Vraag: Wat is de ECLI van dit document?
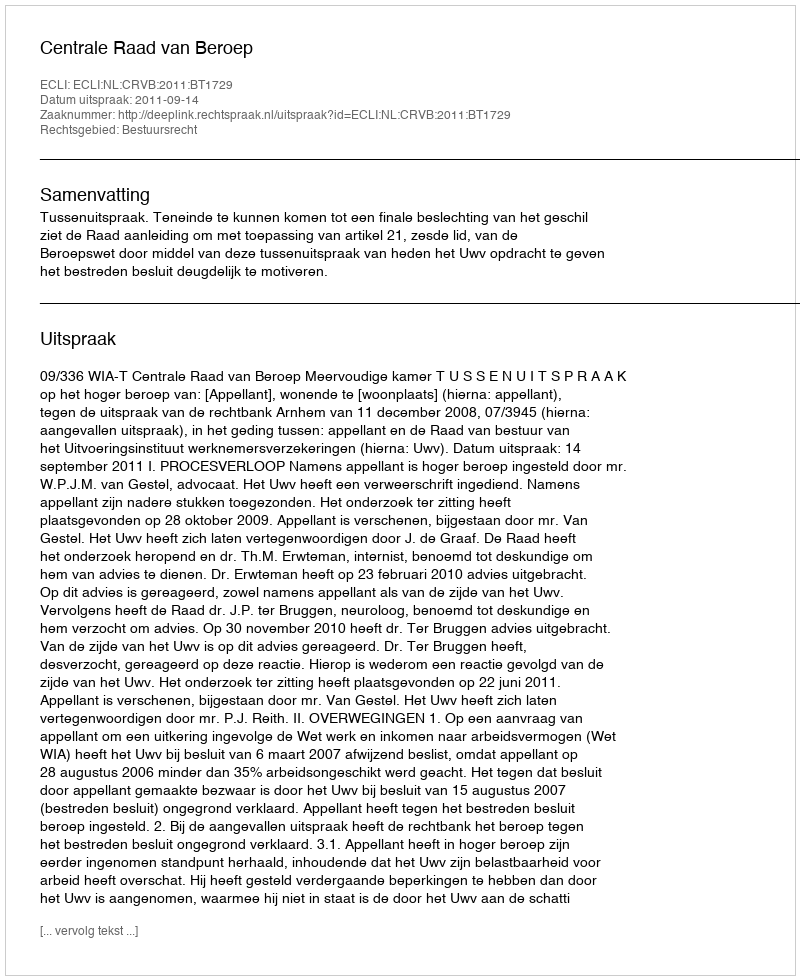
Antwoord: ECLI:NL:CRVB:2011:BT1729